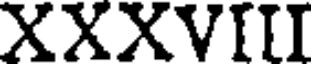
XXXVIII